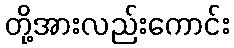
တို့အားလည်းကောင်း